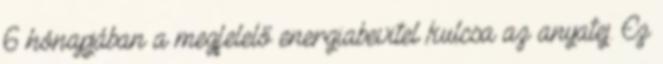
6 hónapjában a megfelelő energiabevitel kulcsa az anyatej. Ez